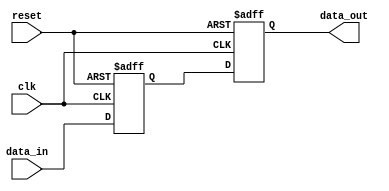
module behavioral_modeling (
    input wire clk,            // Clock input
    input wire reset,          // Reset input
    input wire [3:0] data_in,  // 4-bit input data
    output reg [3:0] data_out  // 4-bit output data
);

// Internal signals
reg [3:0] temp_reg;

// Task definition
task update_data;
    input [3:0] new_data;
    begin
        // Non-blocking assignments
        temp_reg <= new_data; // Update the temporary register
        data_out <= temp_reg;  // Assign the temporary register to output
    end
endtask

// Always block triggered by clock and reset
always @(posedge clk or posedge reset) begin
    if (reset) begin
        // Reset the output and temporary register
        data_out <= 4'b0000;
        temp_reg <= 4'b0000;
    end else begin
        // Call the task to update data
        update_data(data_in);
    end
end

endmodule